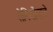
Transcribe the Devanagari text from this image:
रोगियोंवाले